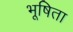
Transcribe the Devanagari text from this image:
भूषिता